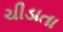
ચીડાતા